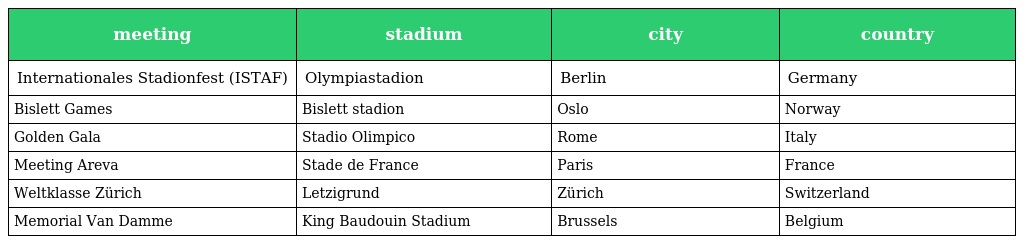
| meeting | stadium | city | country |
 | --- | --- | --- | --- |
 | Internationales Stadionfest (ISTAF) | Olympiastadion | Berlin | Germany |
 | Bislett Games | Bislett stadion | Oslo | Norway |
 | Golden Gala | Stadio Olimpico | Rome | Italy |
 | Meeting Areva | Stade de France | Paris | France |
 | Weltklasse Zürich | Letzigrund | Zürich | Switzerland |
 | Memorial Van Damme | King Baudouin Stadium | Brussels | Belgium |